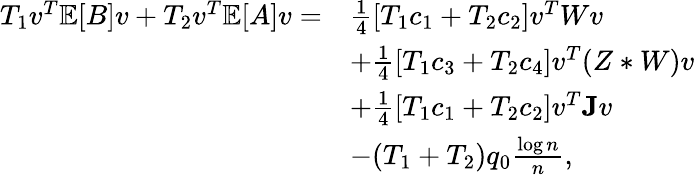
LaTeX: \begin{array}{rl}{T_{1}v^{T}\mathbb{E}[B]v+T_{2}v^{T}\mathbb{E}[A]v=}&{\frac{1}{4}[T_{1}c_{1}+T_{2}c_{2}]v^{T}Wv}\\ &{+\frac{1}{4}[T_{1}c_{3}+T_{2}c_{4}]v^{T}(Z*W)v}\\ &{+\frac{1}{4}[T_{1}c_{1}+T_{2}c_{2}]v^{T}\mathbf{J}v}\\ &{-(T_{1}+T_{2})q_{0}\frac{\log n}{n},}\end{array}